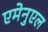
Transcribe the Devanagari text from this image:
एमेनुएल